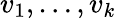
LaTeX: v_{1},\dots,v_{k}